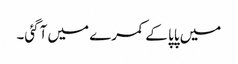
میں پاپا کے کمرے میں آگئی۔